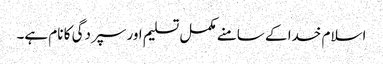
اسلام خدا کے سامنے مکمل تسلیم اور سپردگی کا نام ہے۔